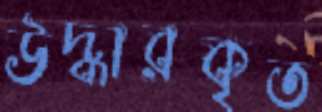
উদ্ধারকৃত